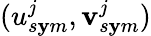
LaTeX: (u_{s\mathbf{y}m}^{j},\mathbf{v}_{s\mathbf{y}m}^{j})